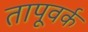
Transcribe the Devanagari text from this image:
तापूवर्क